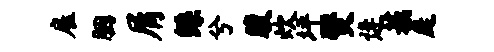
雇胭屑鲧兮腹炊坪燹逄蔟庭